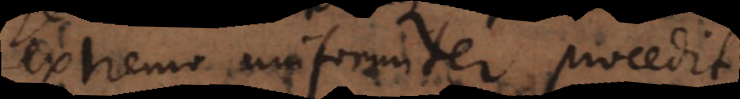
extremo uniformiter procedit